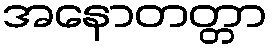
အနောတတ္တာ